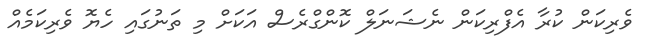
ވެރިކަން ކުރާ އެފްރިކަން ނެޝަނަލް ކޮންގްރެސް އަކަށް މި ތަނުގައި ހެޔޮ ވެރިކަމެއް